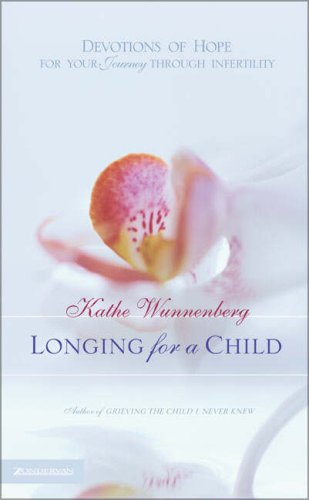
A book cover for Longing for a Child: Devotions of Hope for Your Journey through Infertility; Kathe Wunnenberg; Parenting & Relationships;